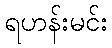
ရဟန်းမင်း